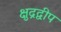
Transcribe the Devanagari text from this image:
क्षुद्रद्वीप